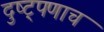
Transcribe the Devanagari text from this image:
दुष्ट्पणाच